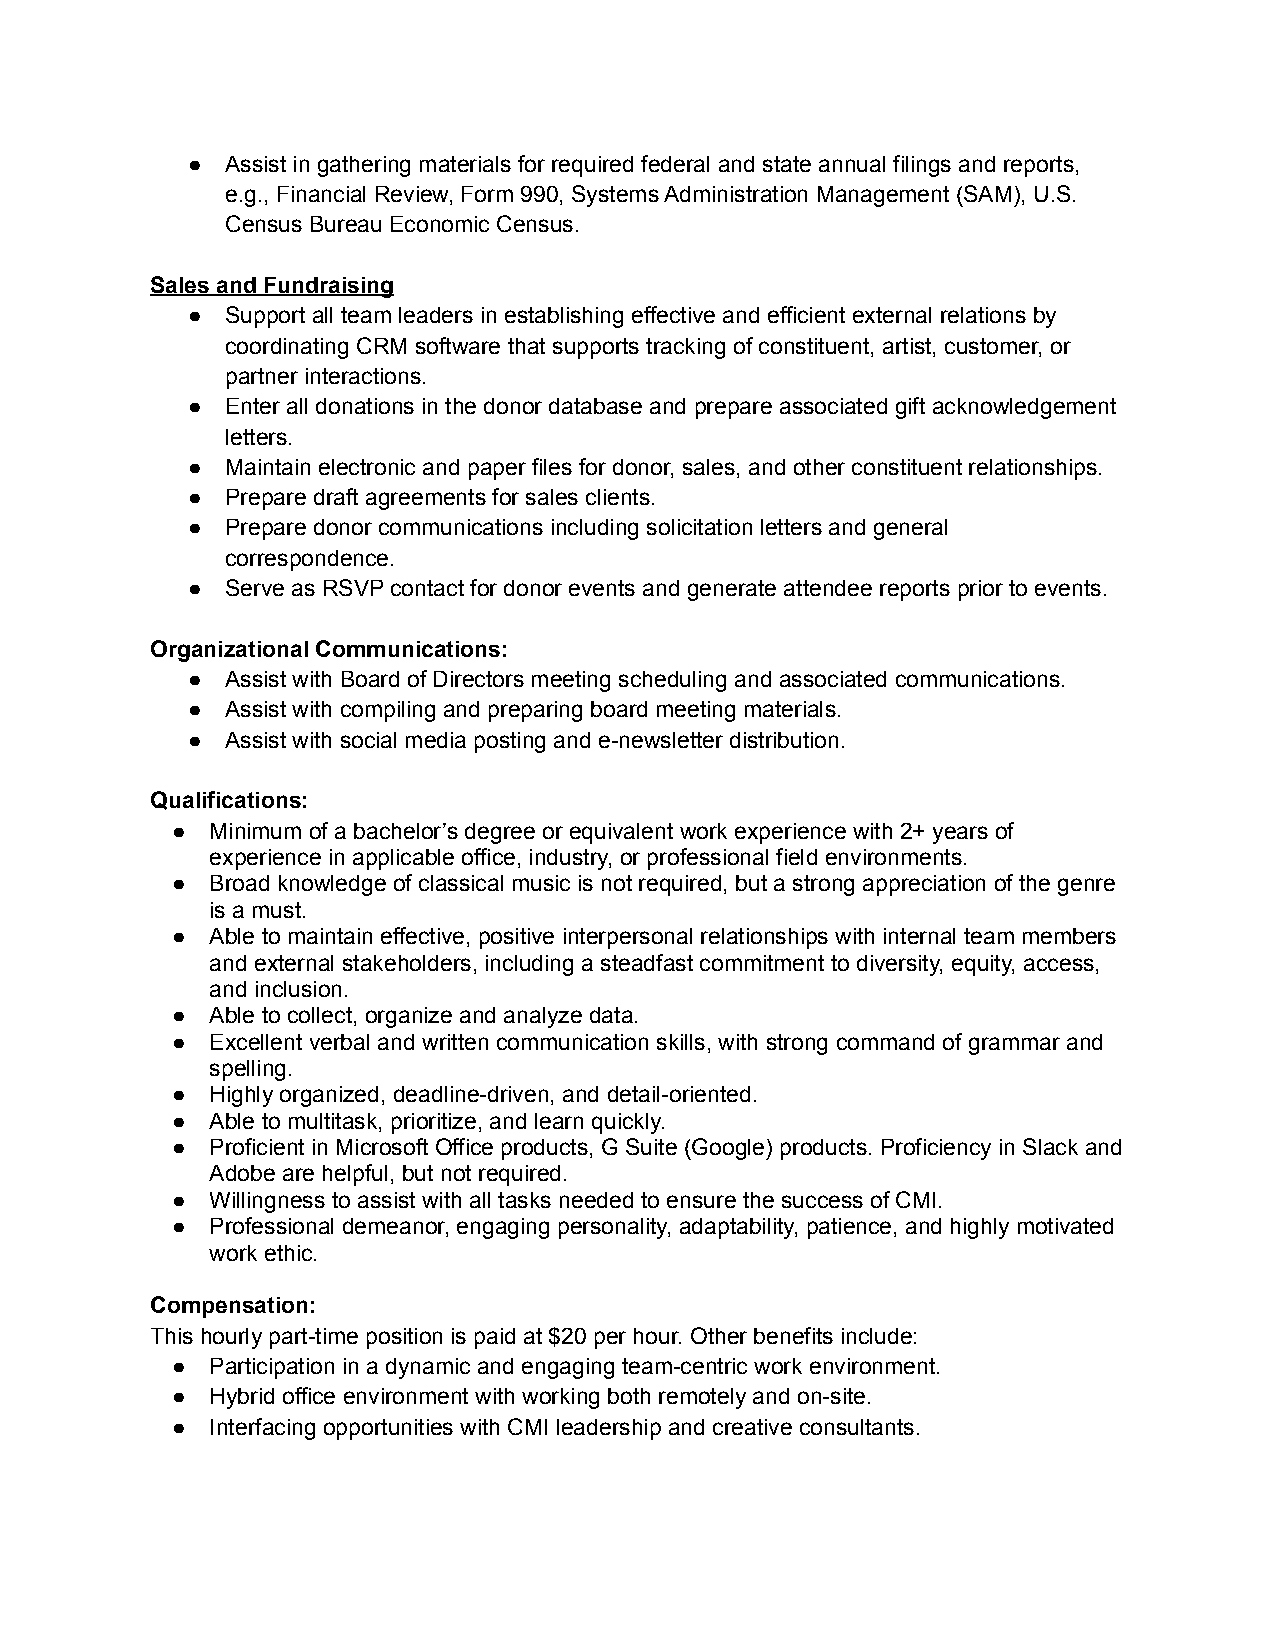
●  Assist in gathering materials for required federal and state annual filings and reports,
 e.g., Financial Review, Form 990, Systems Administration Management (SAM), U.S.
 Census Bureau Economic Census.
 Sales and Fundraising
 ●  Support all team leaders in establishing effective and efficient external relations by
 coordinating CRM software that supports tracking of constituent, artist, customer, or
 partner interactions.
 ●  Enter all donations in the donor database and prepare associated gift acknowledgement
 letters.
 ●  Maintain electronic and paper files for donor, sales, and other constituent relationships.
 ●  Prepare draft agreements for sales clients.
 ●  Prepare donor communications including solicitation letters and general
 correspondence.
 ●  Serve as RSVP contact for donor events and generate attendee reports prior to events.
 Organizational Communications:
 ●  Assist with Board of Directors meeting scheduling and associated communications.
 ●  Assist with compiling and preparing board meeting materials.
 ●  Assist with social media posting and e-newsletter distribution.
 Qualifications:
 ●  Minimum of a bachelor’s degree or equivalent work experience with 2+ years of
 experience in applicable office, industry, or professional field environments.
 ●  Broad knowledge of classical music is not required, but a strong appreciation of the genre
 is a must.
 ●  Able to maintain effective, positive interpersonal relationships with internal team members
 and external stakeholders, including a steadfast commitment to diversity, equity, access,
 and inclusion.
 ●  Able to collect, organize and analyze data.
 ●  Excellent verbal and written communication skills, with strong command of grammar and
 spelling.
 ●  Highly organized, deadline-driven, and detail-oriented.
 ●  Able to multitask, prioritize, and learn quickly.
 ●  Proficient in Microsoft Office products, G Suite (Google) products. Proficiency in Slack and
 Adobe are helpful, but not required.
 ●  Willingness to assist with all tasks needed to ensure the success of CMI.
 ●  Professional demeanor, engaging personality, adaptability, patience, and highly motivated
 work ethic.
 Compensation:
 This hourly part-time position is paid at $20 per hour. Other benefits include:
 ●  Participation in a dynamic and engaging team-centric work environment.
 ●  Hybrid office environment with working both remotely and on-site.
 ●  Interfacing opportunities with CMI leadership and creative consultants.